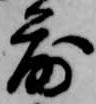
落